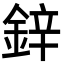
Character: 鋅